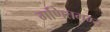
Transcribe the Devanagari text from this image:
गणितगम्य